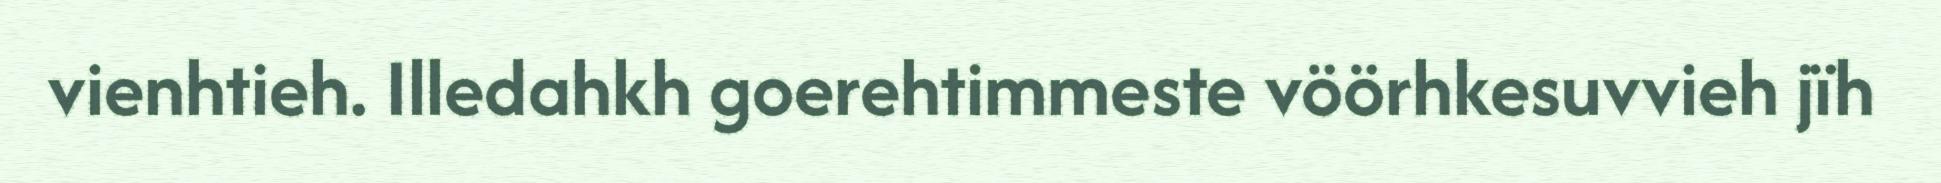
vienhtieh. Illedahkh goerehtimmeste vöörhkesuvvieh jïh